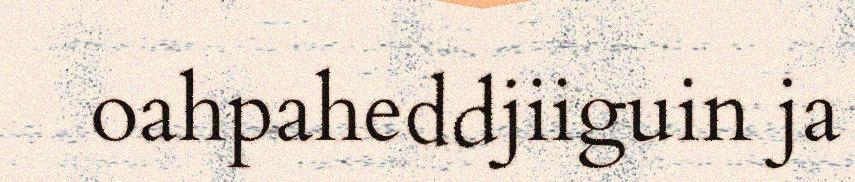
oahpaheddjiiguin ja